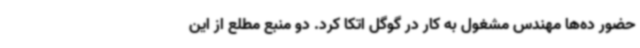
حضور ده‌ها مهندس مشغول به کار در گوگل اتکا کرد. دو منبع مطلع از این